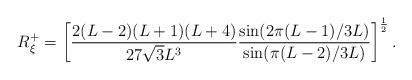
\begin{align*}R^{+}_{\xi}= \left[\frac{2(L-2)(L+1)(L+4)}{27 \sqrt{3}L^3}\frac{\sin(2\pi(L-1)/3L)}{\sin(\pi(L-2)/3L)}\right]^{\frac{1}{2}}.\end{align*}